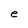
Character: e